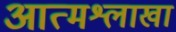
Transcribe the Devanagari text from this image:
आत्मश्लाखा